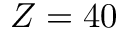
Z = 4 0